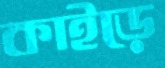
কাইড়ে